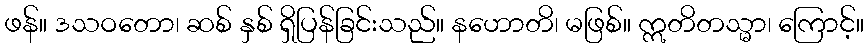
ဖန်။ ဒသဝတော၊ ဆစ် နှစ် ရှိပြန်ခြင်းသည်။ နဟောတိ၊ မဖြစ်။ ဣတိတသ္မာ၊ ကြောင့်။